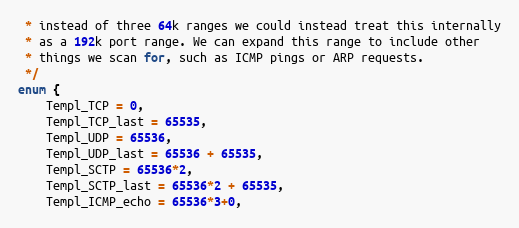
Language: C
 * instead of three 64k ranges we could instead treat this internally
 * as a 192k port range. We can expand this range to include other
 * things we scan for, such as ICMP pings or ARP requests.
 */
enum {
    Templ_TCP = 0,
    Templ_TCP_last = 65535,
    Templ_UDP = 65536,
    Templ_UDP_last = 65536 + 65535,
    Templ_SCTP = 65536*2,
    Templ_SCTP_last = 65536*2 + 65535,
    Templ_ICMP_echo = 65536*3+0,